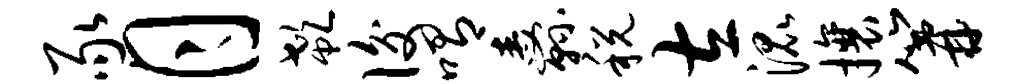
豕月欷后喟纛税左混攘篝